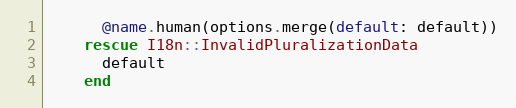
Language: Ruby
      @name.human(options.merge(default: default))
    rescue I18n::InvalidPluralizationData
      default
    end